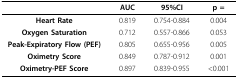
<table><thead><tr><td></td><td><b>AUC</b></td><td><b>95%CI</b></td><td><b>p =</b></td></tr></thead><tbody><tr><td><b>Heart Rate</b></td><td>0.819</td><td>0.754-0.884</td><td>0.004</td></tr><tr><td><b>Oxygen Saturation</b></td><td>0.712</td><td>0.557-0.866</td><td>0.053</td></tr><tr><td><b>Peak-Expiratory Flow (PEF)</b></td><td>0.805</td><td>0.655-0.956</td><td>0.005</td></tr><tr><td><b>Oximetry Score</b></td><td>0.849</td><td>0.787-0.912</td><td>0.001</td></tr><tr><td><b>Oximetry-PEF Score</b></td><td>0.897</td><td>0.839-0.955</td><td>&lt;0.001</td></tr></tbody></table>